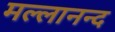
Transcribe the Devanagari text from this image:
मल्लानन्द